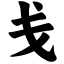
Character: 戋